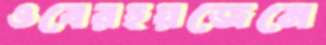
ওবেরহয়জেনে